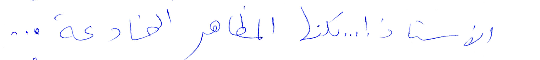
الأستاذ! ... لكنها المظاهر الخادعة...